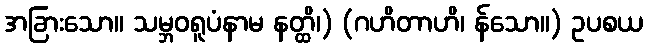
အခြားသော။ သမ္ဘဝရူပံနာမ နတ္ထိ၊) (ဂဟိတာဟိ၊ န်သော။) ဥပစယ